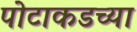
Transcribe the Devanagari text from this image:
पोटाकडच्या